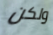
ولكن